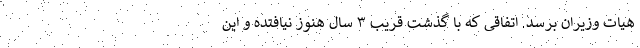
هیات وزیران برسد. اتفاقی که با گذشت قریب ۳ سال هنوز نیافتده و این